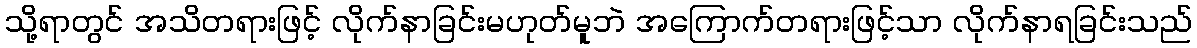
သို့ရာတွင် အသိတရားဖြင့် လိုက်နာခြင်းမဟုတ်မူဘဲ အကြောက်တရားဖြင့်သာ လိုက်နာရခြင်းသည်